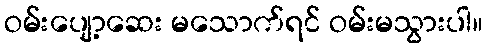
ဝမ်းပျော့ဆေး မသောက်ရင် ဝမ်းမသွားပါ။